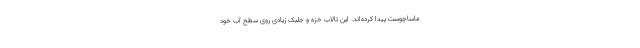
ماساچوست پیدا کرده‌اند. این تالاب خزه و جلبک زیادی روی سطح آب خود